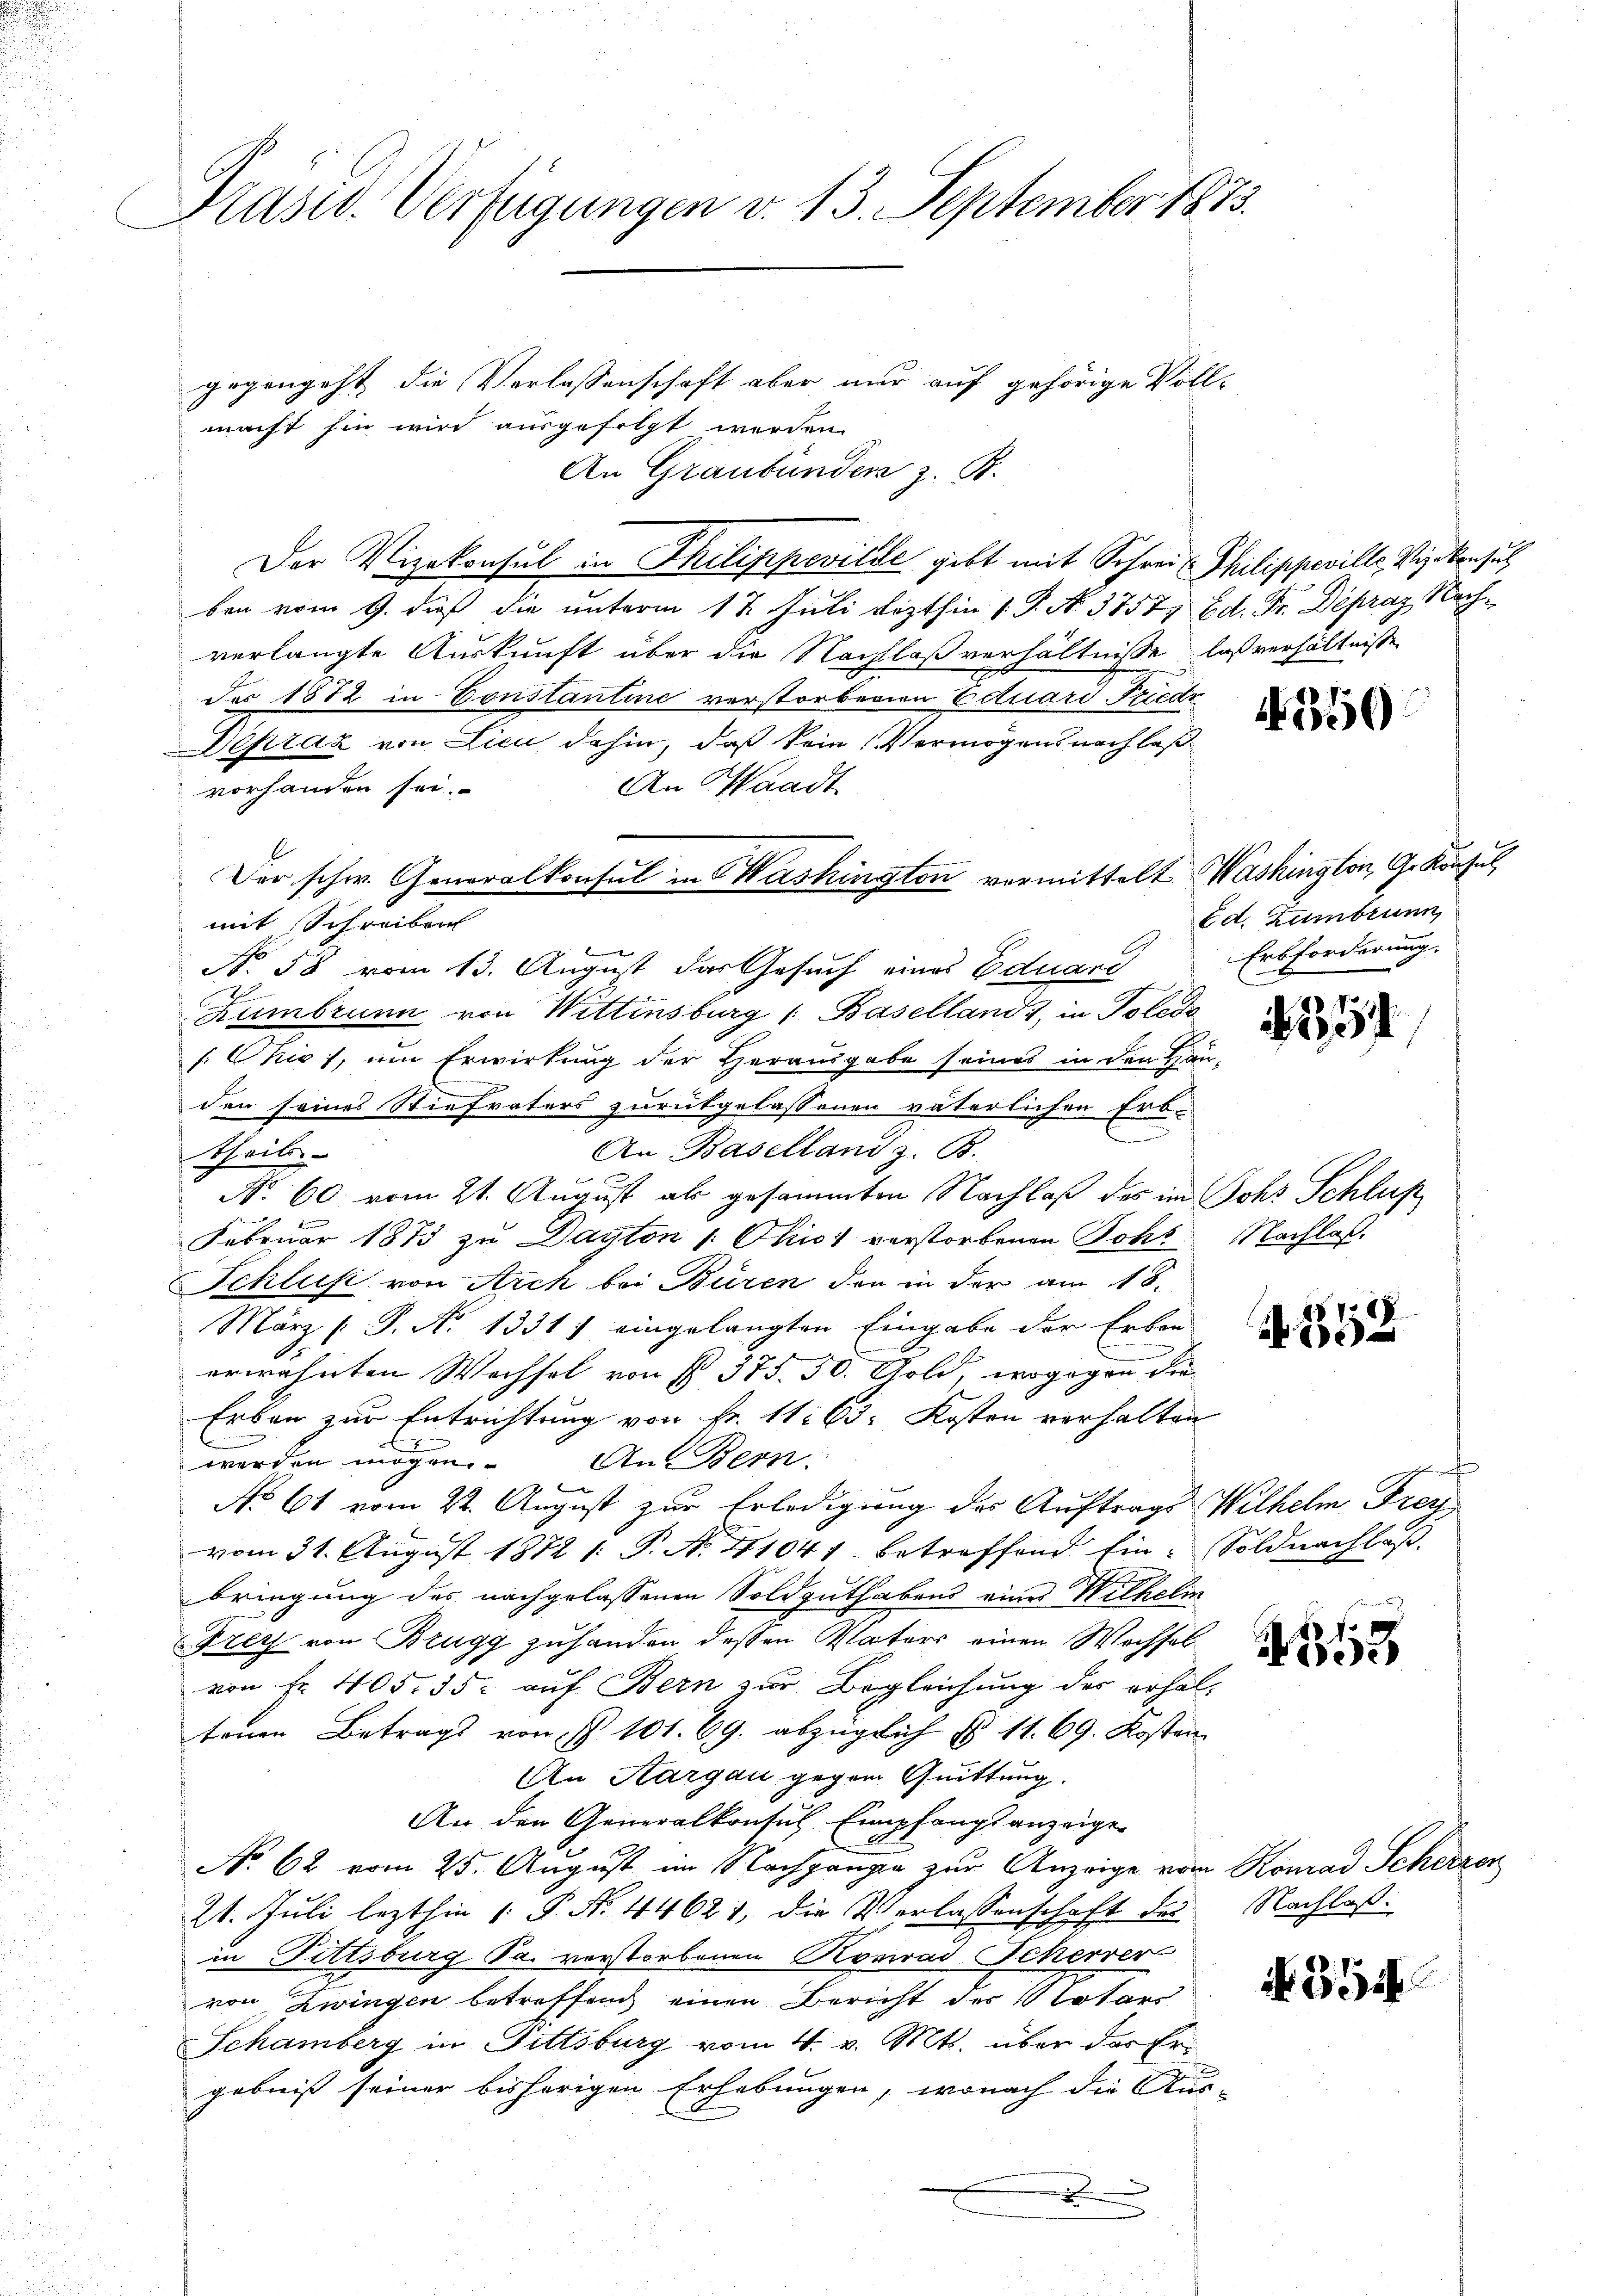
Präsid. Verfügungen v. 13. September 1873.

gegengeht die Verlassenschaft aber nur auf gehörige Voll-
macht hin wird ausgesetzt werden.
An Graubünden z. B.
Der Vizekonsul in Philippeville gibt mit Schrei Philippeville, Vizekonsuch
ben vom 9. dieß die unterm 12. Juli lezthin 1. P. N. 3757. Ed. Fr. Depraz, Nachverlangte Auskunft über die Nachlaßverhältnisse laßverhältnisse
der 1872 in Constantine verstorbenen Ettuard Friedr
Dépraz von Lica dahin, daß kein Vermögensnachlaß
An Waadt
vorhanden sei.
wer
No. 58 vom 13. August das Gesuch eines Eduard
E
Rumbrunn von Wittensburg (: Basellands, in Tolods
Chio, um Erwirkung der Herausgabe seines in den Häuden seines Stiefvaters zurükgelassenen väterlichen Erb-
An Baselland z. B.
theil
n
No. 60 vom 21. August als gesammten Nachlaß des im Sohr Schluß
Februar 1873 zu Dayton /: Ohio verstorbenen Bohl. Nachlaß
Schluß von Arch bei Büren den in der am 18.
März (T. No 1331) eingelangten Eingabe der Erben-
erwähnten Wechsel von § 375. 50. Gold, wogegen die
Erben zur Entrichtung von Fr. 11. 63. Kosten verhalten
werden mögen. An Bern
No 61 vom 22. August zur Erledigung des Auftrags Wilhelm Freu
vom 31. August 1872 1: P. No 41041 betreffend Ein Soldnachlas
bringung des nachgelassenen Soldguthabens eines Wilhelm
Frey von Brugg zu handen dessen Vaters einen Wechsel
von Fr. 405. 35. auf Bern zur Begleichung des erhaltenen Betrags von P. 101. 69. abzüglich § 11. 69. Kosten
An Aargau gegen Quittung.
An den Generalkonsul Empfangsanzeige
No 62 vom 25. August im Nachgange zur Anzeige vom Konrad Scheere
21. Juli lezthin  P. N. 44621, die Verlassenschaft des Nachlaß
in Fittsburg Sa. verstorbenen Konrad Scherer
von Zwingen betreffen einen Bericht des Notars
Schamberg in Fittsburg vom 4. v. Mts. über das Ergebnis seiner bisherigen Erhebungen, wonach die Aus-
x

Der schw. Generalkonsul in Washington vormittelt Washington, G. Konsul,
mit Schreiben

4350

Ed. Zumbrunn
Erbforderung.

254

35

213

39